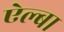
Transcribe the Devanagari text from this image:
ऐल्बा